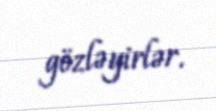
gözləyirlər.